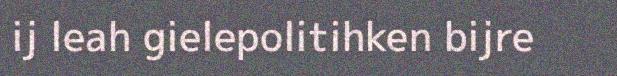
ij leah gielepolitihken bijre